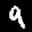
Label: 9